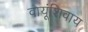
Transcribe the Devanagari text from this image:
वायूंशिवाय